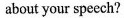
about your speech?